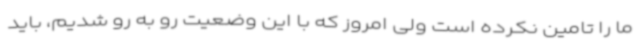
ما را تامین نکرده است ولی امروز که با این وضعیت رو به رو شدیم، باید